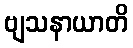
ဗျသနာယာတိ